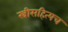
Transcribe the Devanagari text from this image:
स्त्रीसहित्यच